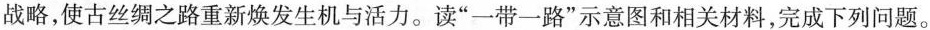
战略，使古丝绸之路重新焕发生机与活力。读”一带一路”示意图和相关材料，完成下列问题。